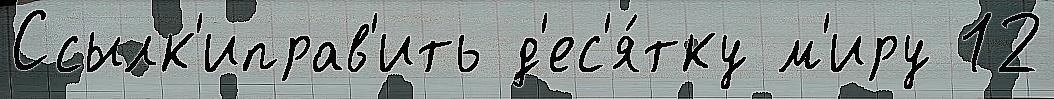
Ссылк'иправ'ить д'ес'я́тку м'иру 12